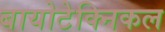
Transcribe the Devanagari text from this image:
बायोटेक्निकल